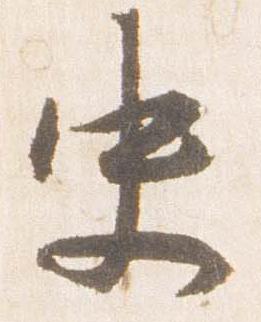
史